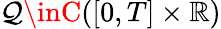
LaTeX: \mathcal{Q}\inC([0,T]\times\mathbb{{R}})